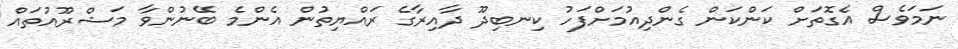
ނަމަވެސް އެގޮތަށް ކަންކަން ގެންދިއުމަށްފަހު ކިނބިދޫ ދާއިރާގެ ރައްޔިތުން އެންމެ ބޭނުންވާ މަޝްރޫއުތައް